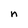
Character: n